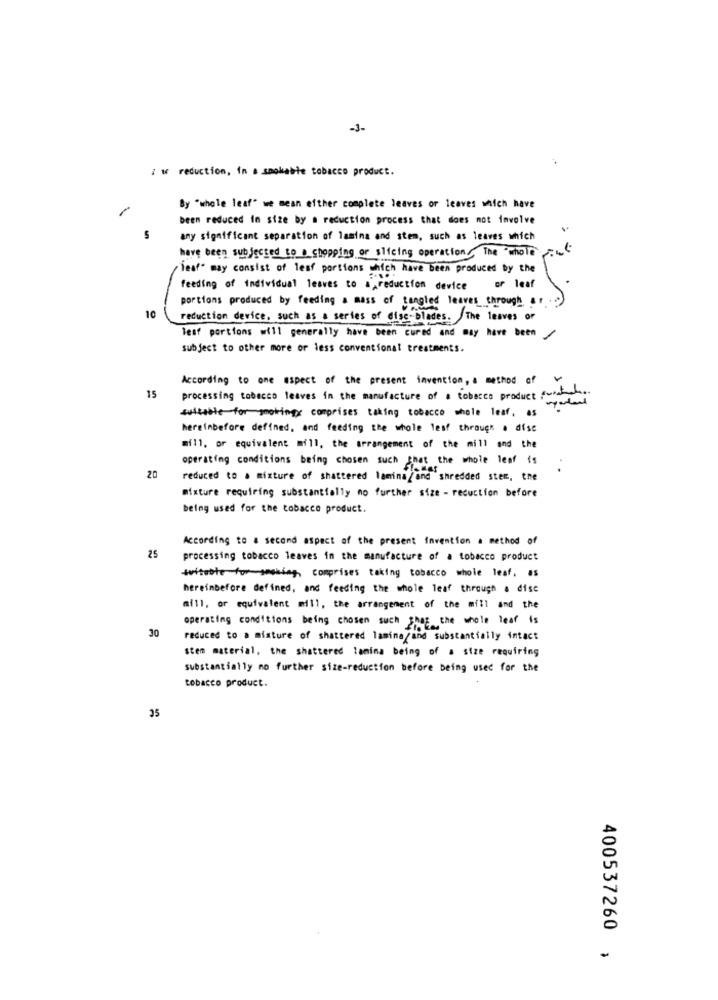
-1-
: w reduction, in a smokable tobacco product.
By "whole leaf" we mean either complete leaves or leaves which have
been reduced in size by a reduction process that does not involve
any significant separation of lamina and stem, such as leaves which
have been subjected to_a_chopping or slicing operations The "whole
leaf" may consist of leaf portions which have been produced by the
or leaf
feeding of individual leaves to a reduction device
portions produced by feeding a mass of tangled leaves through a.
-
10
reduction device, such as a series of disc-blades. The leaves of
lesf portions will generally have been cured and may have been
1
subject to other more or less conventional treatments.
According to one aspect of the present invention, a method of
15
processing tobacco leaves in the manufacture of a tobacco product functie
suitable for smokingy comprises taking tobacco whole leaf, as
hereinbefore defined, and feeding the whole leaf through a dise
mill. or equivalent mill, the arrangement of the mill and the
operating conditions being chosen such that the whole leaf is
.
20
reduced to a mixture of shattered laminaand shredded stem, the
mixture requiring substantially no further size - reduction before
being used for the tobacco product.
According to a second aspect of the present Invention a method of
25
processing tobacco leaves in the manufacture of a tobacco product
titube for smoking, comprises taking tobacco whole leaf, as
hereinbefore defined, and feeding the whole leaf through a disc
mill, or equivalent mill, the arrangement of the mill and the
operating conditions being chosen such that the whole lear is
30
reduced to a mixture of shattered lamina and substantially intact
stem material, the shattered lamina being of a size requiring
substantially no further size-reduction before being used for the
tobacco product.
25
400537260 ,